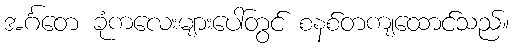
အင်္ဂတေ ခုံကလေးများပေါ်တွင် စနစ်တကျထောင်သည်။